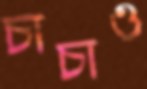
চাচাও